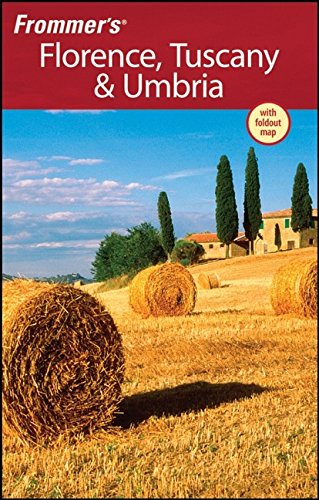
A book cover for Frommer's Florence, Tuscany & Umbria (Frommer's Complete Guides); John Moretti; Travel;